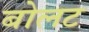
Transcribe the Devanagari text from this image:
बोलट